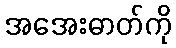
အအေးဓာတ်ကို